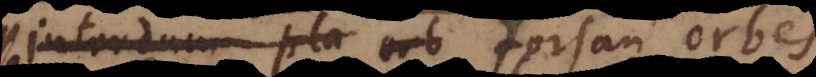
interdum pla orb forsan orbes